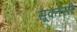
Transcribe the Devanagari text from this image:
सूक्तेसी